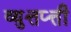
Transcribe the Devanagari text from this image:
व्युत्तप्त्ती